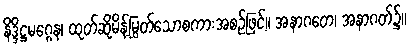
နိဒ္ဒိဋ္ဌမဂ္ဂေန၊ ထုတ်ဆိုမိန့်မြွတ်သောစကားအစဉ်ဖြင့်။ အနာဂတေ၊ အနာဂတ်၌။